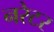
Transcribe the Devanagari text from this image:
नरेटर